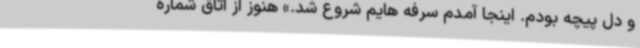
و دل پیچه بودم. اینجا آمدم سرفه هایم شروع شد.» هنوز از اتاق شماره